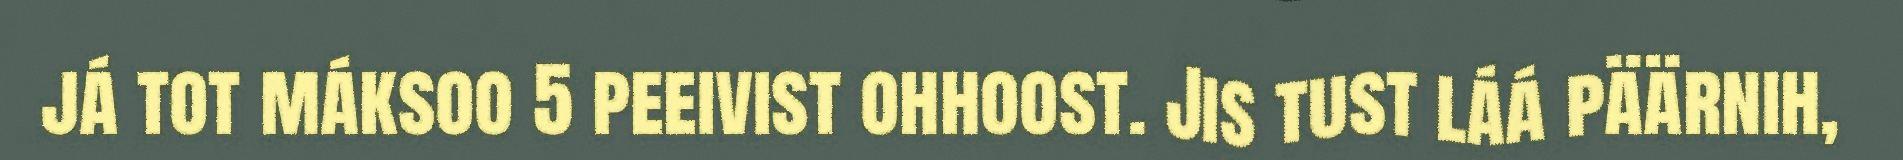
já tot máksoo 5 peeivist ohhoost. Jis tust láá päärnih,